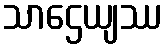
သာဌေယျဿ